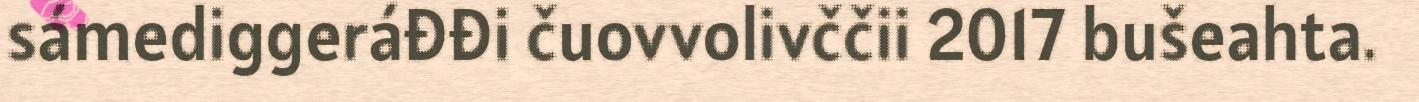
sámediggeráđđi čuovvolivččii 2017 bušeahta.